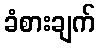
ခံစားချက်